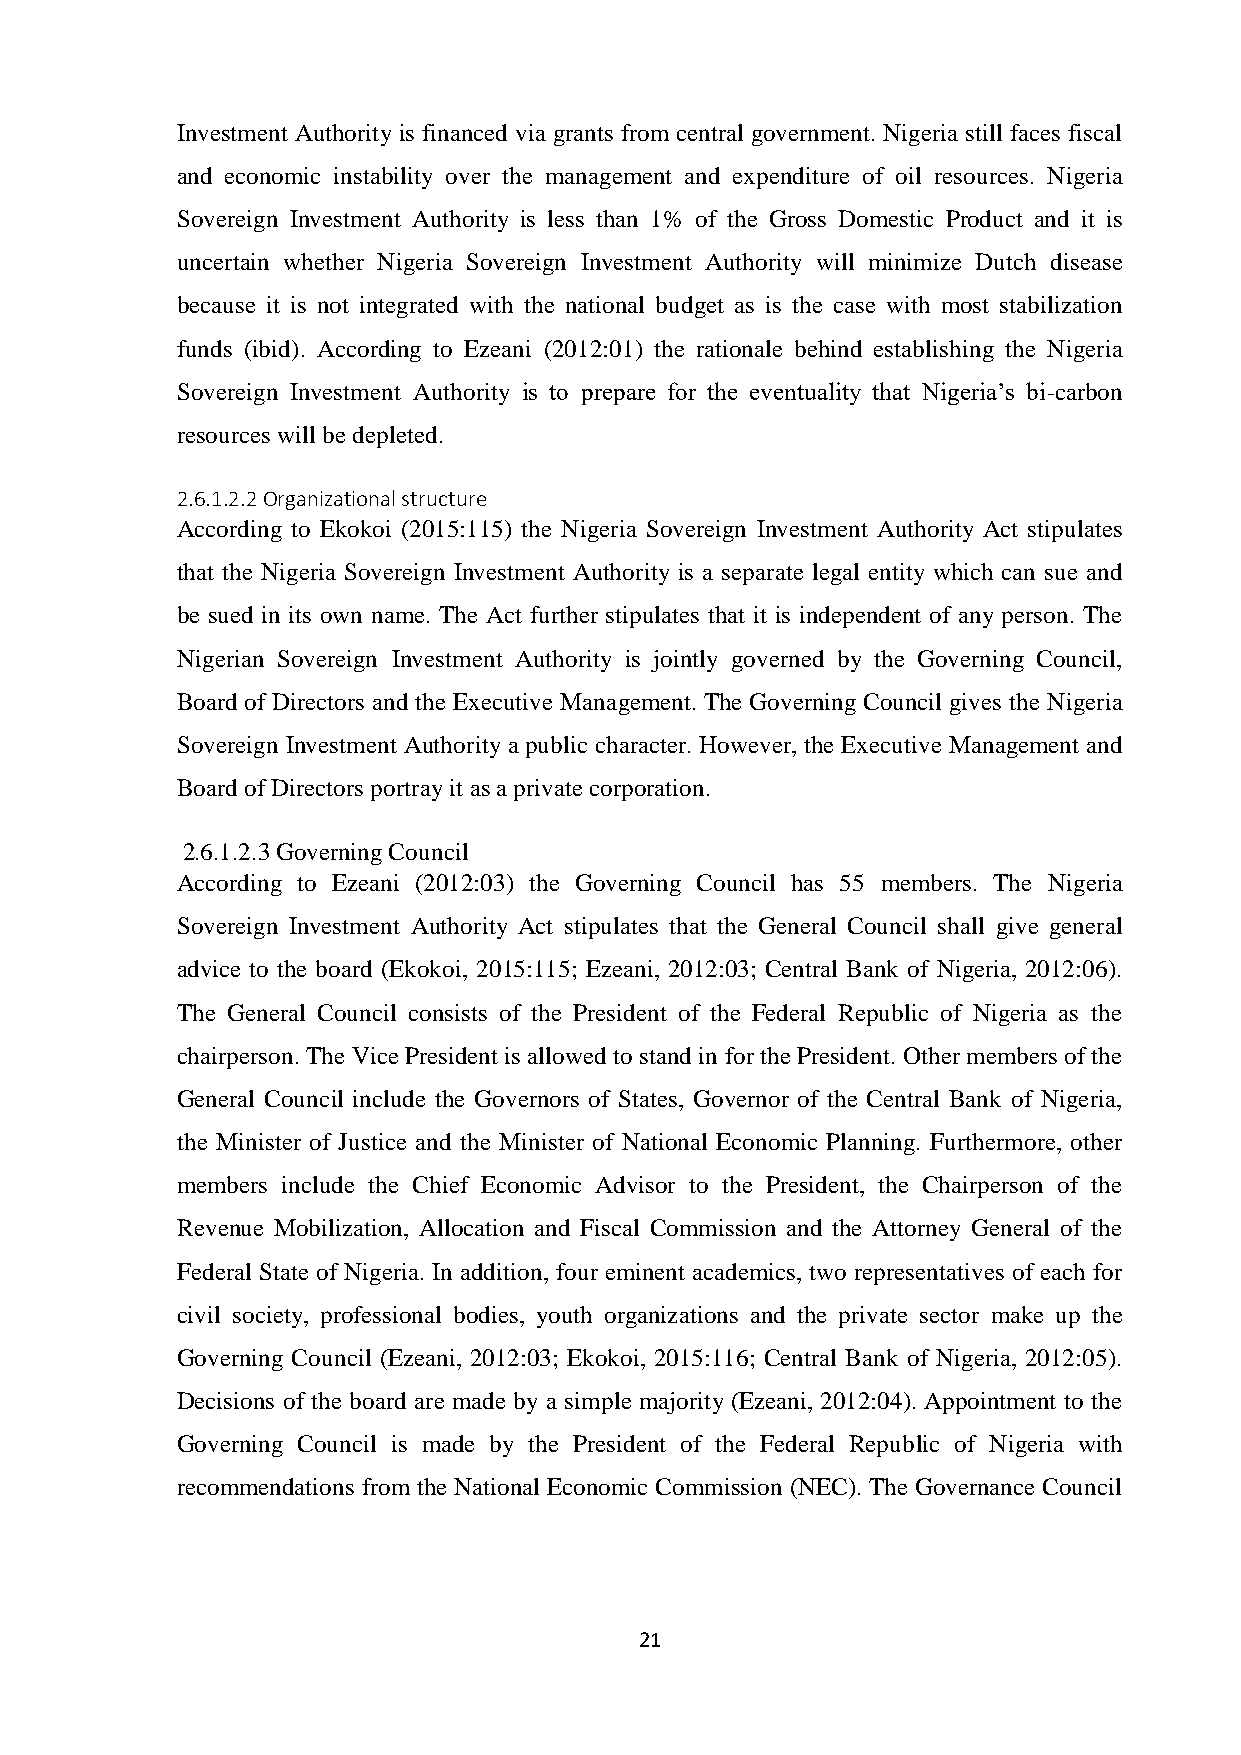
Investment Authority is financed via grants from central government. Nigeria still faces fiscal
 and economic instability over the management and expenditure of oil resources. Nigeria
 Sovereign Investment Authority is less than 1% of the Gross Domestic Product and it is
 uncertain whether Nigeria Sovereign Investment Authority will minimize Dutch disease
 because it is not integrated with the national budget as is the case with most stabilization
 funds (ibid). According to Ezeani (2012:01) the rationale behind establishing the Nigeria
 Sovereign Investment Authority is to prepare for the eventuality that Nigeria’s bi-carbon
 resources will be depleted.
 2.6.1.2.2 Organizational structure
 According to Ekokoi (2015:115) the Nigeria Sovereign Investment Authority Act stipulates
 that the Nigeria Sovereign Investment Authority is a separate legal entity which can sue and
 be sued in its own name. The Act further stipulates that it is independent of any person. The
 Nigerian Sovereign Investment Authority is jointly governed by the Governing Council,
 Board of Directors and the Executive Management. The Governing Council gives the Nigeria
 Sovereign Investment Authority a public character. However, the Executive Management and
 Board of Directors portray it as a private corporation.
 2.6.1.2.3 Governing Council
 According to Ezeani (2012:03) the Governing Council has 55 members. The Nigeria
 Sovereign Investment Authority Act stipulates that the General Council shall give general
 advice to the board (Ekokoi, 2015:115; Ezeani, 2012:03; Central Bank of Nigeria, 2012:06).
 The General Council consists of the President of the Federal Republic of Nigeria as the
 chairperson. The Vice President is allowed to stand in for the President. Other members of the
 General Council include the Governors of States, Governor of the Central Bank of Nigeria,
 the Minister of Justice and the Minister of National Economic Planning. Furthermore, other
 members include the Chief Economic Advisor to the President, the Chairperson of the
 Revenue Mobilization, Allocation and Fiscal Commission and the Attorney General of the
 Federal State of Nigeria. In addition, four eminent academics, two representatives of each for
 civil society, professional bodies, youth organizations and the private sector make up the
 Governing Council (Ezeani, 2012:03; Ekokoi, 2015:116; Central Bank of Nigeria, 2012:05).
 Decisions of the board are made by a simple majority (Ezeani, 2012:04). Appointment to the
 Governing Council is made by the President of the Federal Republic of Nigeria with
 recommendations from the National Economic Commission (NEC). The Governance Council
 21